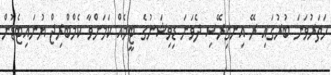
ހަތަރުވަނަ ބުރުގައި ރޭ އިނގިރޭސި ދެވަނަ ޑިވިޝަނުގެ ޓީމެއް ކަމަށްވާ ކެމްބްރިޖް ޔުނައިޓެޑުން